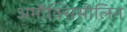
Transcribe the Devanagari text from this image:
अमौक्सिसीलिन